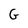
Character: G